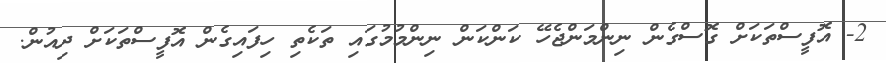
2- އޮފީސްތަކަށް ގޮސްގެން ނިންމަންޖެހޭ ކަންކަން ނިންމުމުގައި ތަކެތި ހިފައިގެން އޮފީސްތަކަށް ދިއުން.